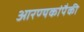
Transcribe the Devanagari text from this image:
आरण्यकांपैकी